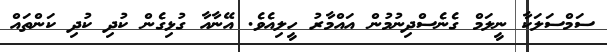
ސަމްސަލަކާ ނީލަމް ގެނެސްދިނުމުން އައްމާރު ހީލިއެވެ. އޭނާއާ ގުޅިގެން ކުދި ކުދި ކަންތައް